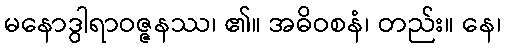
မနောဒွါရာဝဇ္ဇနဿ၊ ၏။ အဓိဝစနံ၊ တည်း။ နေ၊